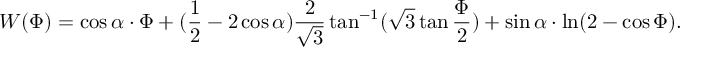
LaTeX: W ( \Phi ) = \cos \alpha \cdot \Phi + ( \frac { 1 } { 2 } - 2 \cos \alpha ) \frac { 2 } { \sqrt { 3 } } \tan ^ { - 1 } ( \sqrt { 3 } \tan \frac { \Phi } { 2 } ) + \sin \alpha \cdot \ln ( 2 - \cos \Phi ) .